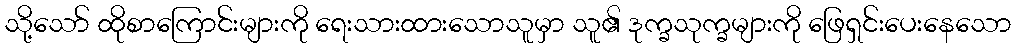
သို့သော် ထိုစာကြောင်းများကို ရေးသားထားသောသူမှာ သူ၏ ဒုက္ခသုက္ခများကို ဖြေရှင်းပေးနေသော